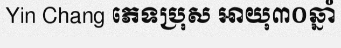
Yin Chang ភេទប្រុស អាយុ៣០ឆ្នាំ